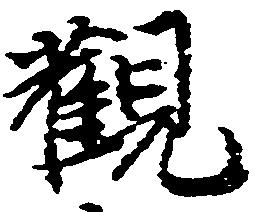
観